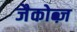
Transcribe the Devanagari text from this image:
जैकोब्ज़